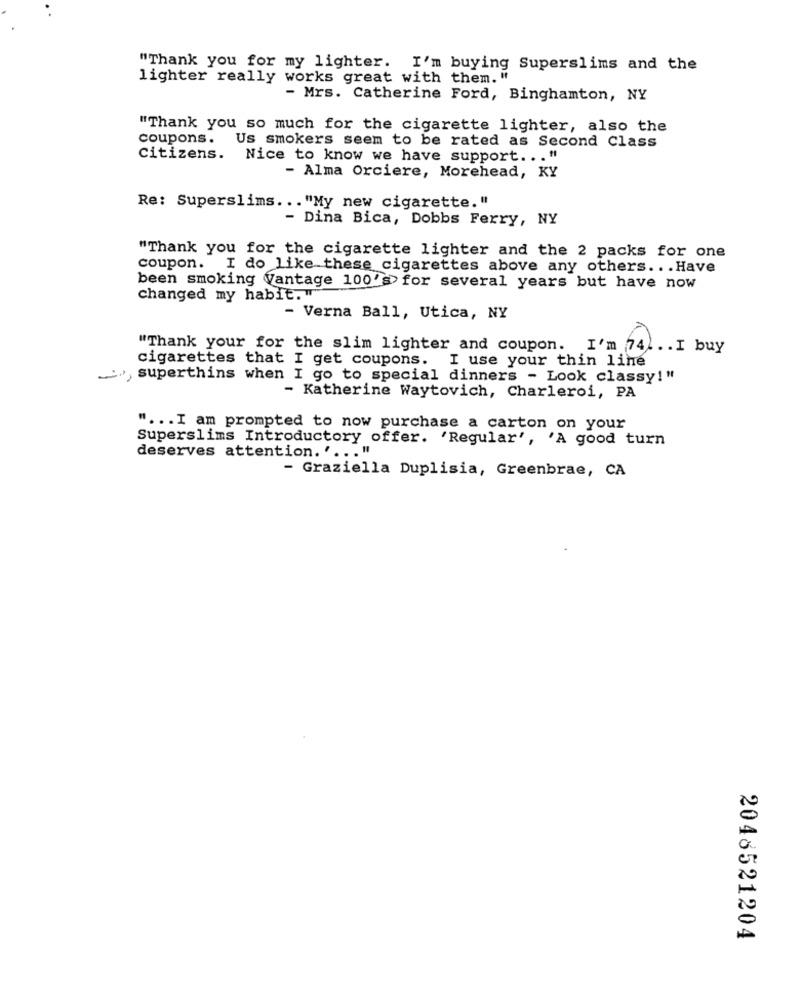
"Thank you for my lighter. I'm buying Superslims and the
lighter really works great with them. "
- Mrs. Catherine Ford, Binghamton, NY
"Thank you so much for the cigarette lighter, also the
coupons.
Us smokers seem to be rated as Second Class
Citizens. Nice to know we have support ... "
- Alma Orciere, Morehead, KY
Re: Superslims ... "My new cigarette. "
- Dina Bica, Dobbs Ferry, NY
"Thank you for the cigarette lighter and the 2 packs for one
coupon. I do like these cigarettes above any others ... Have
been smoking Vantage 100's> for several years but have now
changed my habit.
- Verna Ball, Utica, NY
"Thank your for the slim lighter and coupon. I'm 741. . I buy
cigarettes that I get coupons. I use your thin line
~*, superthins when I go to special dinners - Look classy!"
- Katherine Waytovich, Charleroi, PA
" ... I am prompted to now purchase a carton on your
Superslims Introductory offer. 'Regular', 'A good turn
deserves attention. ' ... "
- Graziella Duplisia, Greenbrae, CA
2048521204